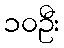
၁၀ဦး